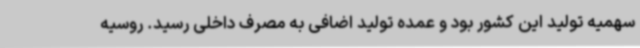
سهمیه تولید این کشور بود و عمده تولید اضافی به مصرف داخلی رسید. روسیه